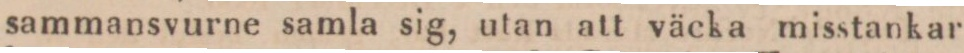
sammansvurne samla sig, utan att väcka misstankar